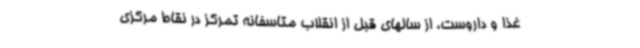
غذا و داروست، از سالهای قبل از انقلاب متاسفانه تمرکز در نقاط مرکزی